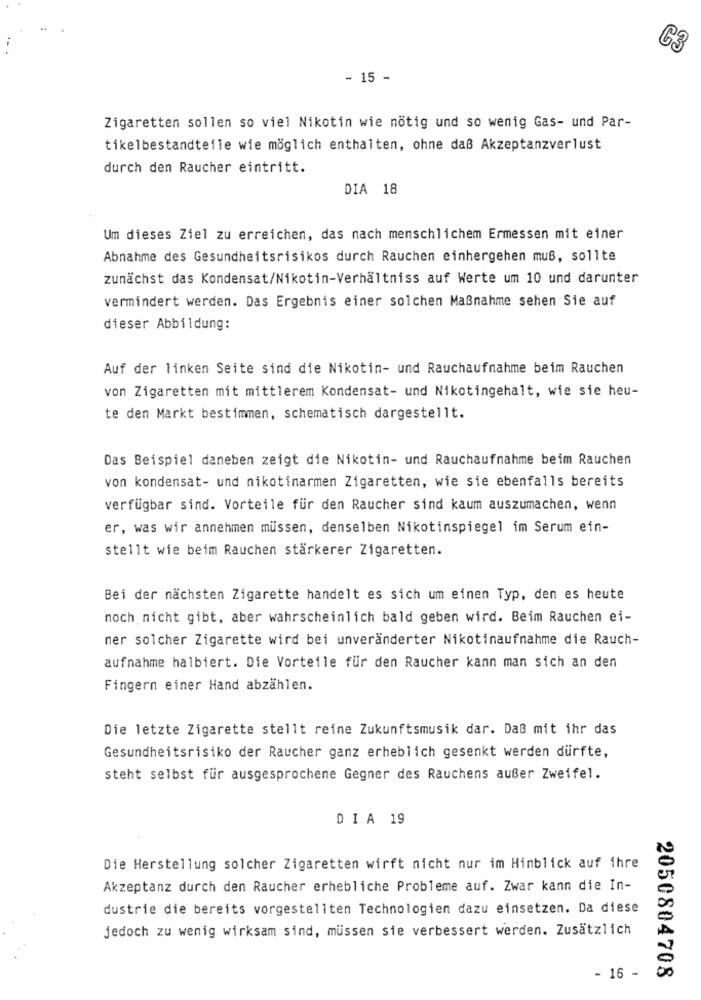
- 15 -
Zigaretten sollen so viel Nikotin wie nötig und so wenig Gas- und Par-
tikelbestandteile wie möglich enthalten, ohne daß Akzeptanzverlust
durch den Raucher eintritt.
DIA 18
Um dieses Ziel zu erreichen, das nach menschlichem Ermessen mit einer
Abnahme des Gesundheitsrisikos durch Rauchen einhergehen muß, sollte
zunächst das Kondensat/Nikotin-Verhältniss auf Werte um 10 und darunter
vermindert werden. Das Ergebnis einer solchen Maßnahme sehen Sie auf
dieser Abbildung:
Auf der linken Seite sind die Nikotin- und Rauchaufnahme beim Rauchen
von Zigaretten mit mittlerem Kondensat- und Nikotingehalt, wie sie heu-
te den Markt bestimmen, schematisch dargestellt.
Das Beispiel daneben zeigt die Nikotin- und Rauchaufnahme beim Rauchen
von kondensat- und nikotinarmen Zigaretten, wie sie ebenfalls bereits
verfügbar sind. Vorteile für den Raucher sind kaum auszumachen, wenn
er, was wir annehmen müssen, denselben Nikotinspiegel im Serum ein-
stellt wie beim Rauchen stärkerer Zigaretten.
Bei der nächsten Zigarette handelt es sich um einen Typ, den es heute
noch nicht gibt, aber wahrscheinlich bald geben wird. Beim Rauchen ei-
ner solcher Zigarette wird bei unveränderter Nikotinaufnahme die Rauch-
aufnahme halbiert. Die Vorteile für den Raucher kann man sich an den
Fingern einer Hand abzählen.
Die letzte Zigarette stellt reine Zukunftsmusik dar. Daß mit ihr das
Gesundheitsrisiko der Raucher ganz erheblich gesenkt werden dürfte,
steht selbst für ausgesprochene Gegner des Rauchens außer Zweifel.
DIA 19
Die Herstellung solcher Zigaretten wirft nicht nur im Hinblick auf ihre
Akzeptanz durch den Raucher erhebliche Probleme auf. Zwar kann die In-
dustrie die bereits vorgestellten Technologien dazu einsetzen. Da diese
jedoch zu wenig wirksam sind, müssen sie verbessert werden. Zusätzlich
2050804708
- 16 -